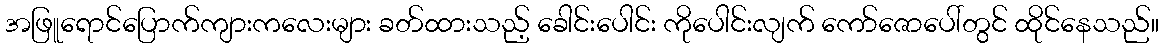
အဖြူရောင်ပြောက်ကျားကလေးများ ခတ်ထားသည့် ခေါင်းပေါင်း ကိုပေါင်းလျက် ကော်ဇောပေါ်တွင် ထိုင်နေသည်။